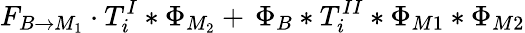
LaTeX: F_{B\to M_{1}}\cdot T_{i}^{I}\ast\Phi_{M_{2}}+\, \Phi_{B}\ast T_{i}^{II}\ast\Phi_{M1}\ast\Phi_{M2}